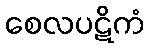
စေလပဋိကံ